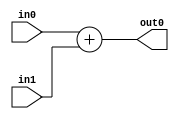
`timescale 1ns / 1ps
//////////////////////////////////////////////////////////////////////////////////
// Company: USTC
// Engineer: 
// 
// Design Name: 
// Module Name: add
// Project Name: 
// Target Devices: Nexy4-DDR
// Tool Versions: 
// Description: 
// 
// Dependencies: 
// 
// Revision:
// Revision 0.01 - File Created
// Additional Comments:
// 
//////////////////////////////////////////////////////////////////////////////////


module add #(
    
    parameter W=32
    
    )(

    input[W-1:0] in0,
    input[W-1:0] in1,

    output[W-1:0] out0
    
);
    
    assign out0=in0+in1;

endmodule